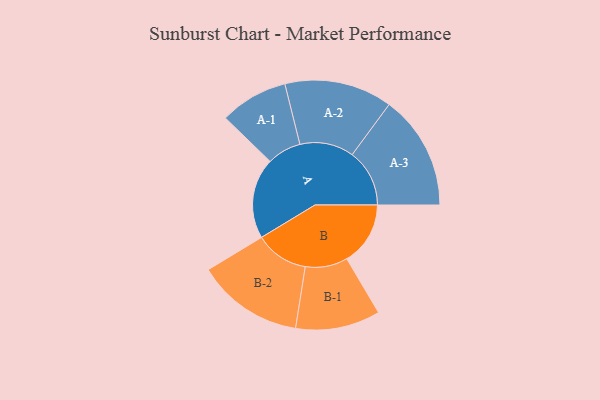
{"axis": {"x": "Segment", "y": "Value"}, "legend": ["", "A", "B"], "data": [{"x": "A", "y": 402, "type": ""}, {"x": "B", "y": 317, "type": ""}, {"x": "A-1", "y": 170, "type": "A"}, {"x": "A-2", "y": 269, "type": "A"}, {"x": "A-3", "y": 286, "type": "A"}, {"x": "B-1", "y": 211, "type": "B"}, {"x": "B-2", "y": 266, "type": "B"}]}